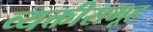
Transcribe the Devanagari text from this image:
व्यक्तीसमूह